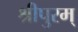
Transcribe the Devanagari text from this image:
श्रीपुरम्